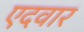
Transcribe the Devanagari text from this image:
एदवार